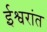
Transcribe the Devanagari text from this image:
ईश्वरांत